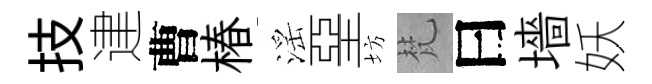
技䢖曹椿滛堊坊梵曰墻妖